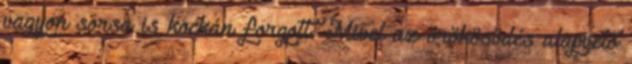
vagyon sorsa is kockán forgott. Mivel az örökösödés alapvető